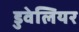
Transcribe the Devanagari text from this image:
डुवेलियर